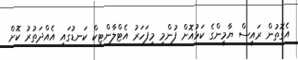
އެގޮތުން ރައީސް ޔާމީންގެ ކަޅުއޮށް ފުންމި މިފަހަރު އެޓްލާންޓިކް ކަނޑުގައި އެއްދަތުރު ކޮށް